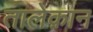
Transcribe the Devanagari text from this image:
तालेक़ान